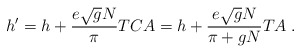
\begin{align*}h^\prime = h + \frac{e \sqrt{g} N}{\pi} T C A =h + \frac{e \sqrt{g} N}{\pi + gN} T A\; .\end{align*}